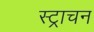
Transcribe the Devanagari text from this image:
स्ट्राचन